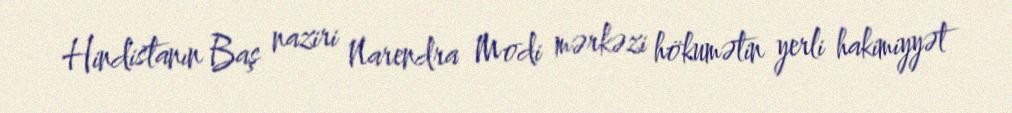
Hindistanın Baş naziri Narendra Modi mərkəzi hökumətin yerli hakimiyyət